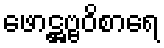
ဖောဋ္ဌဗ္ဗဝိစာရေ